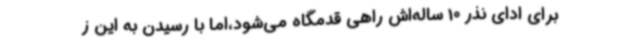
برای ادای نذر 10 ساله‌اش راهی قدمگاه می‌شود،اما با رسیدن به این ز